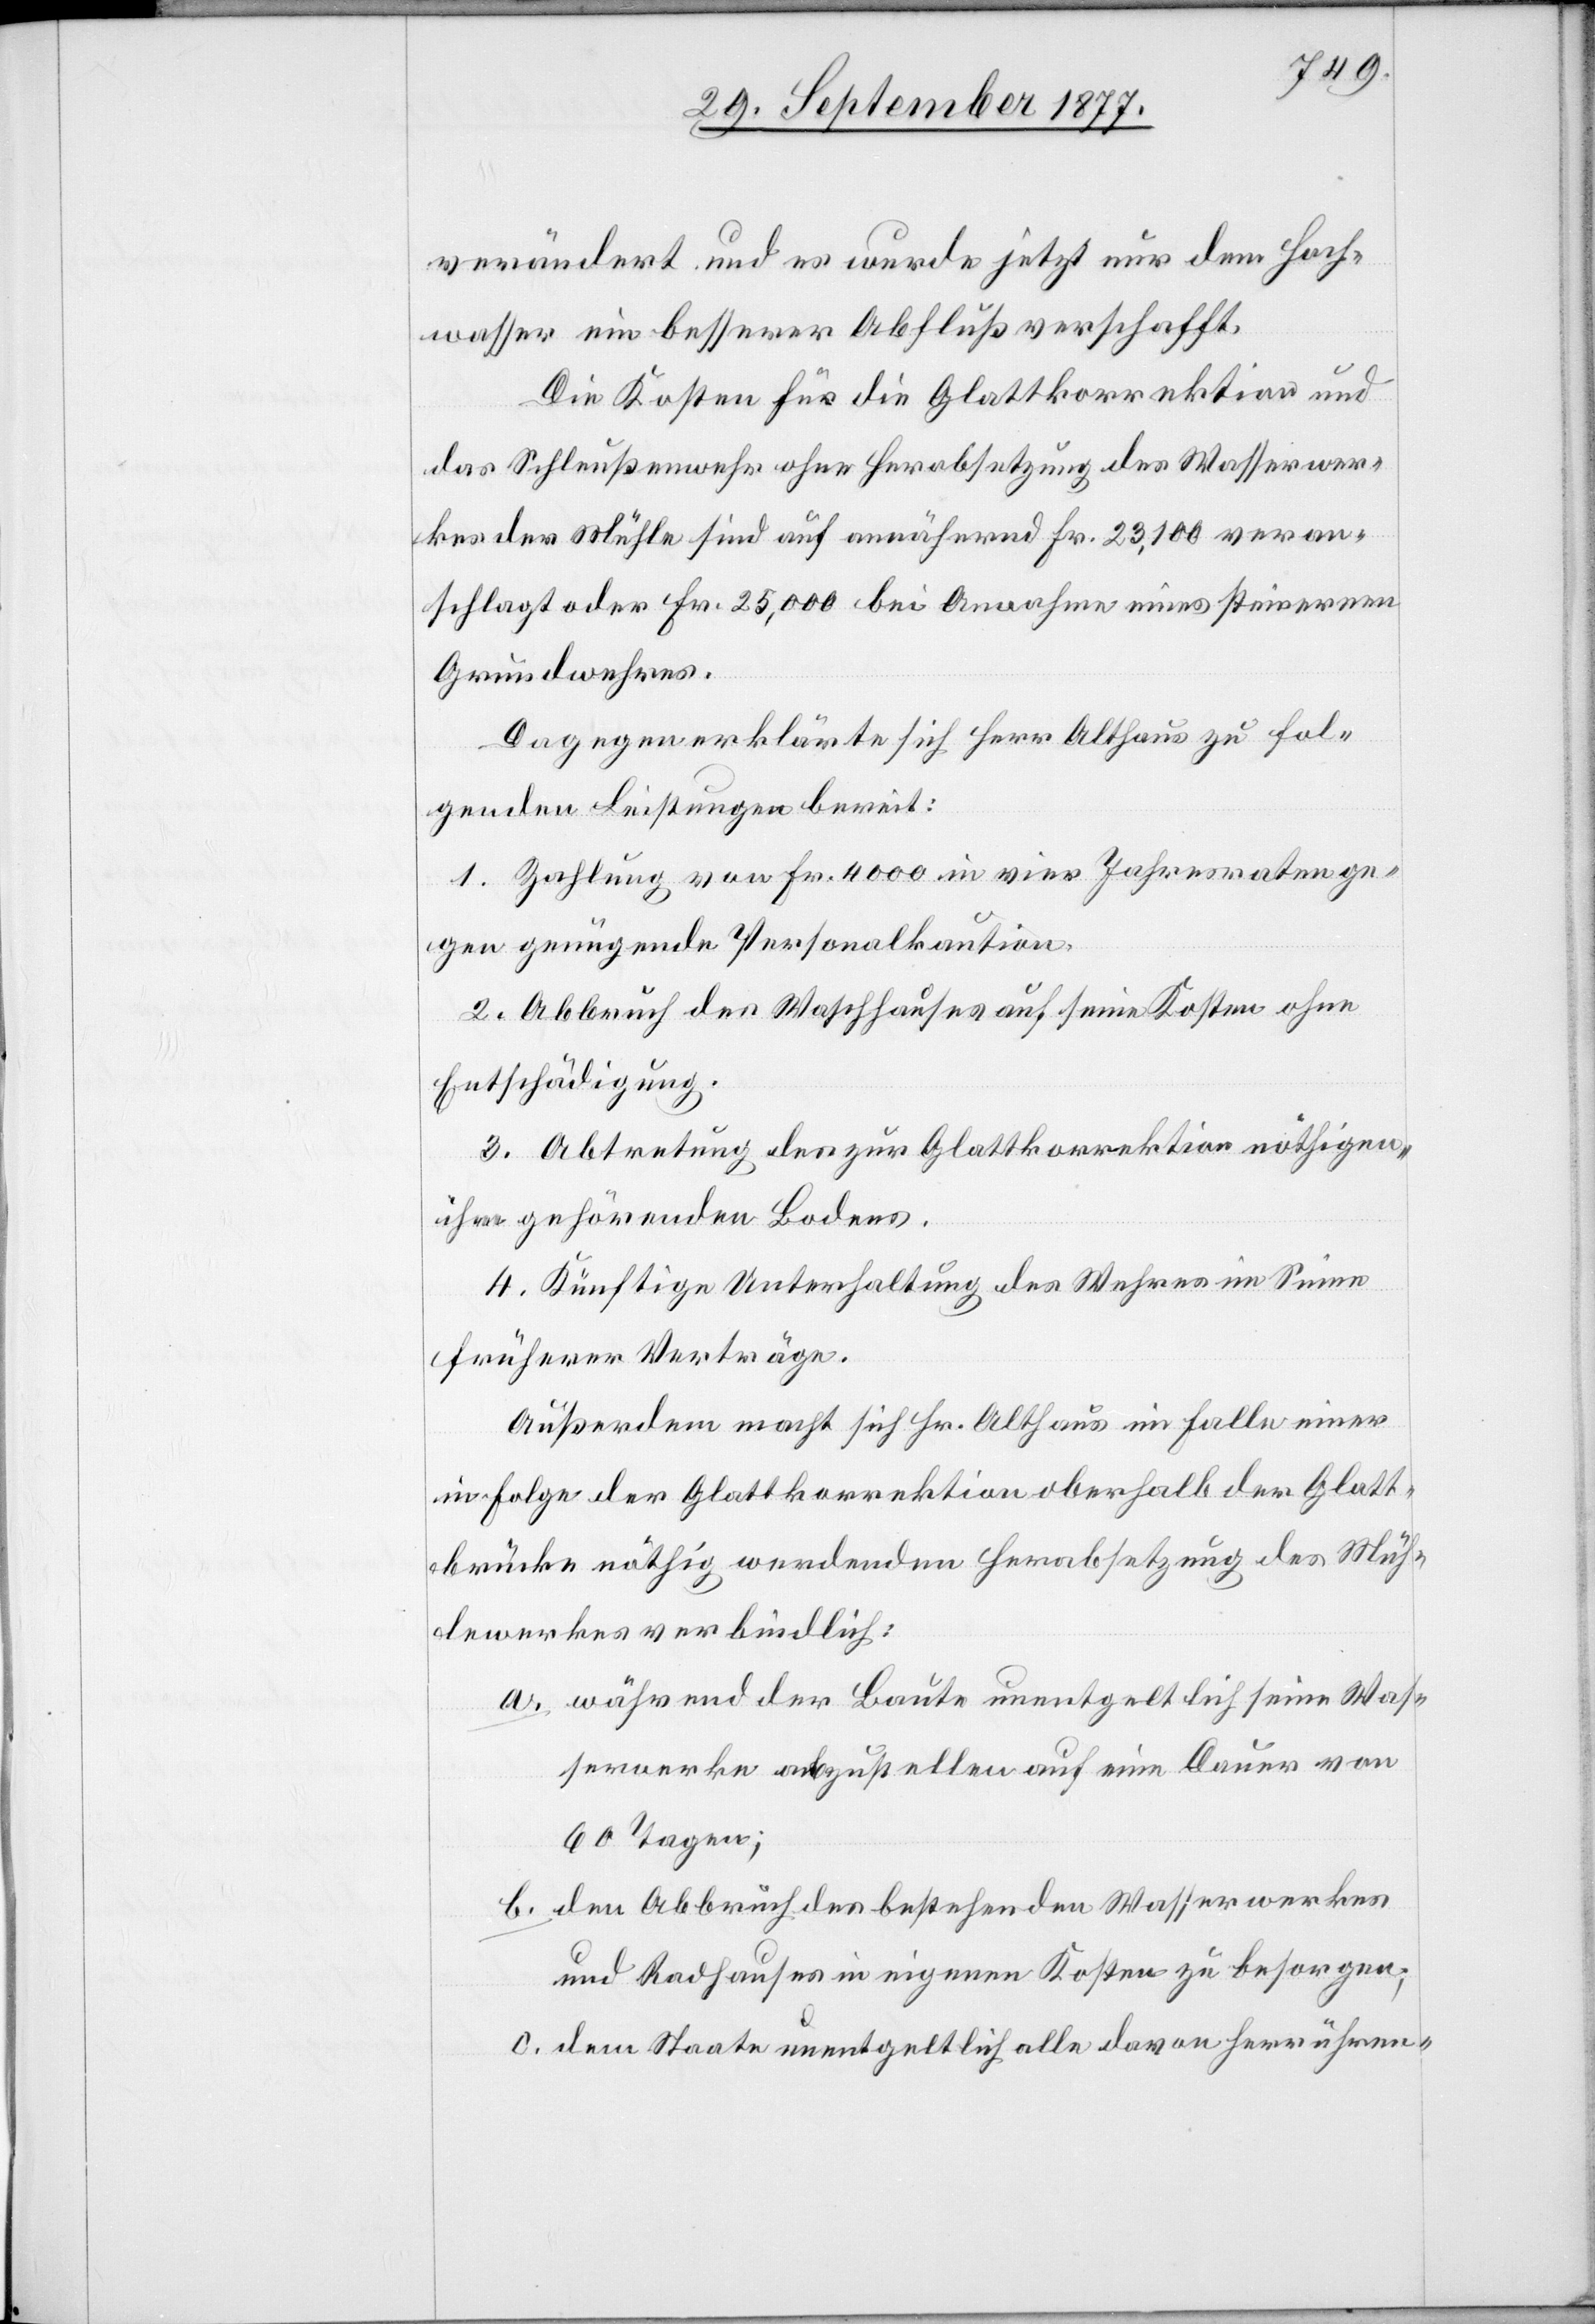
verändert und es wurde jetzt nur dem Hoch¬
wasser ein besserer Abfluß verschafft.
Die Kosten für die Glattkorrektion und
das Schleußenwehr ohne Herabsetzung des Wasserwer¬
kes der Mühle sind auf annähernd Fr. 23,100 veran¬
schlagt oder Fr. 25,000 bei Annahme eines steinernen
Grundwehres.
Dagegen erklärte sich Herr Althaus zu fol¬
a.
genden Leistungen bereit:
1. Zahlung von Fr. 4000 in vier Jahresraten ge¬
gen genügende Personalkaution.
2. Abbruch des Waschhauses auf seine Kosten ohne
Entschädigung.
3. Abtretung des zur Glattkorrektion nöthigen,
ihm gehörenden Bodens.
4. Künftige Unterhaltung des Wehres im Sinne
früherer Verträge.
Außerdem macht sich Hr. Althaus im Falle einer
in Folge der Glattkorrektion oberhalb der Glatt¬
brücke nöthig werdenden Herabsetzung des Müh¬
lewerkes verbindlich:
während der Baute unentgeltlich seine Was¬
serwerke abzustellen auf eine Dauer von
60 Tagen;
den Abbruch des bestehenden Wasserwerkes
und Radhauses in eigenen Kosten zu besorgen;
dem Staate unentgeltlich alle davon herrühren-